Notes on the propagation and cultivation of the medicinal cinchonas, or Peruvian bark trees
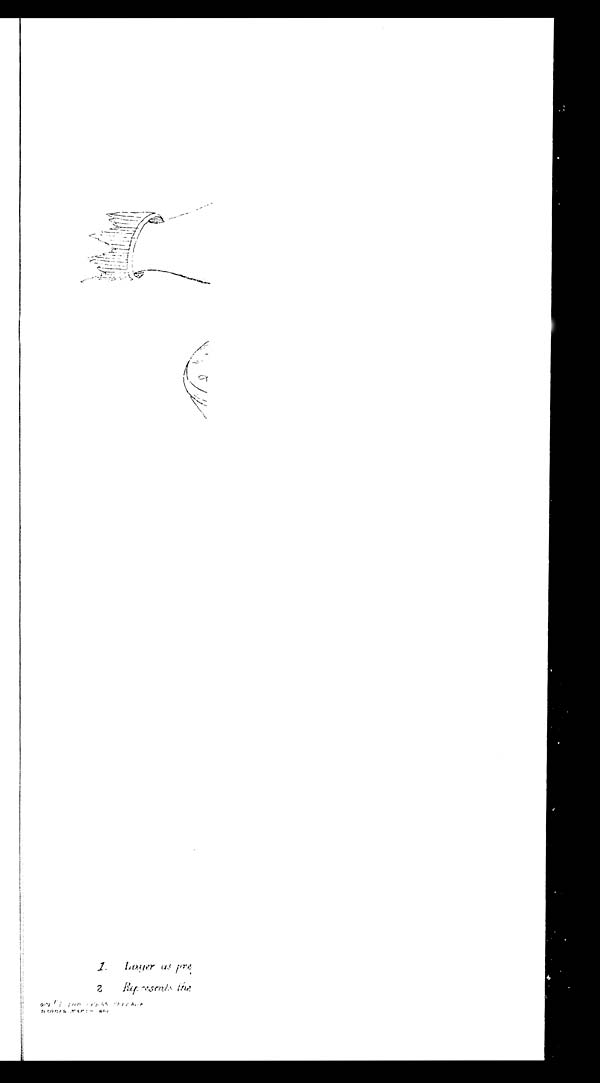
1. Layer as pre
2 Represents
L I T H O P R E S S C H E P A U K MA D R A S MA R C H 1 8 6 1